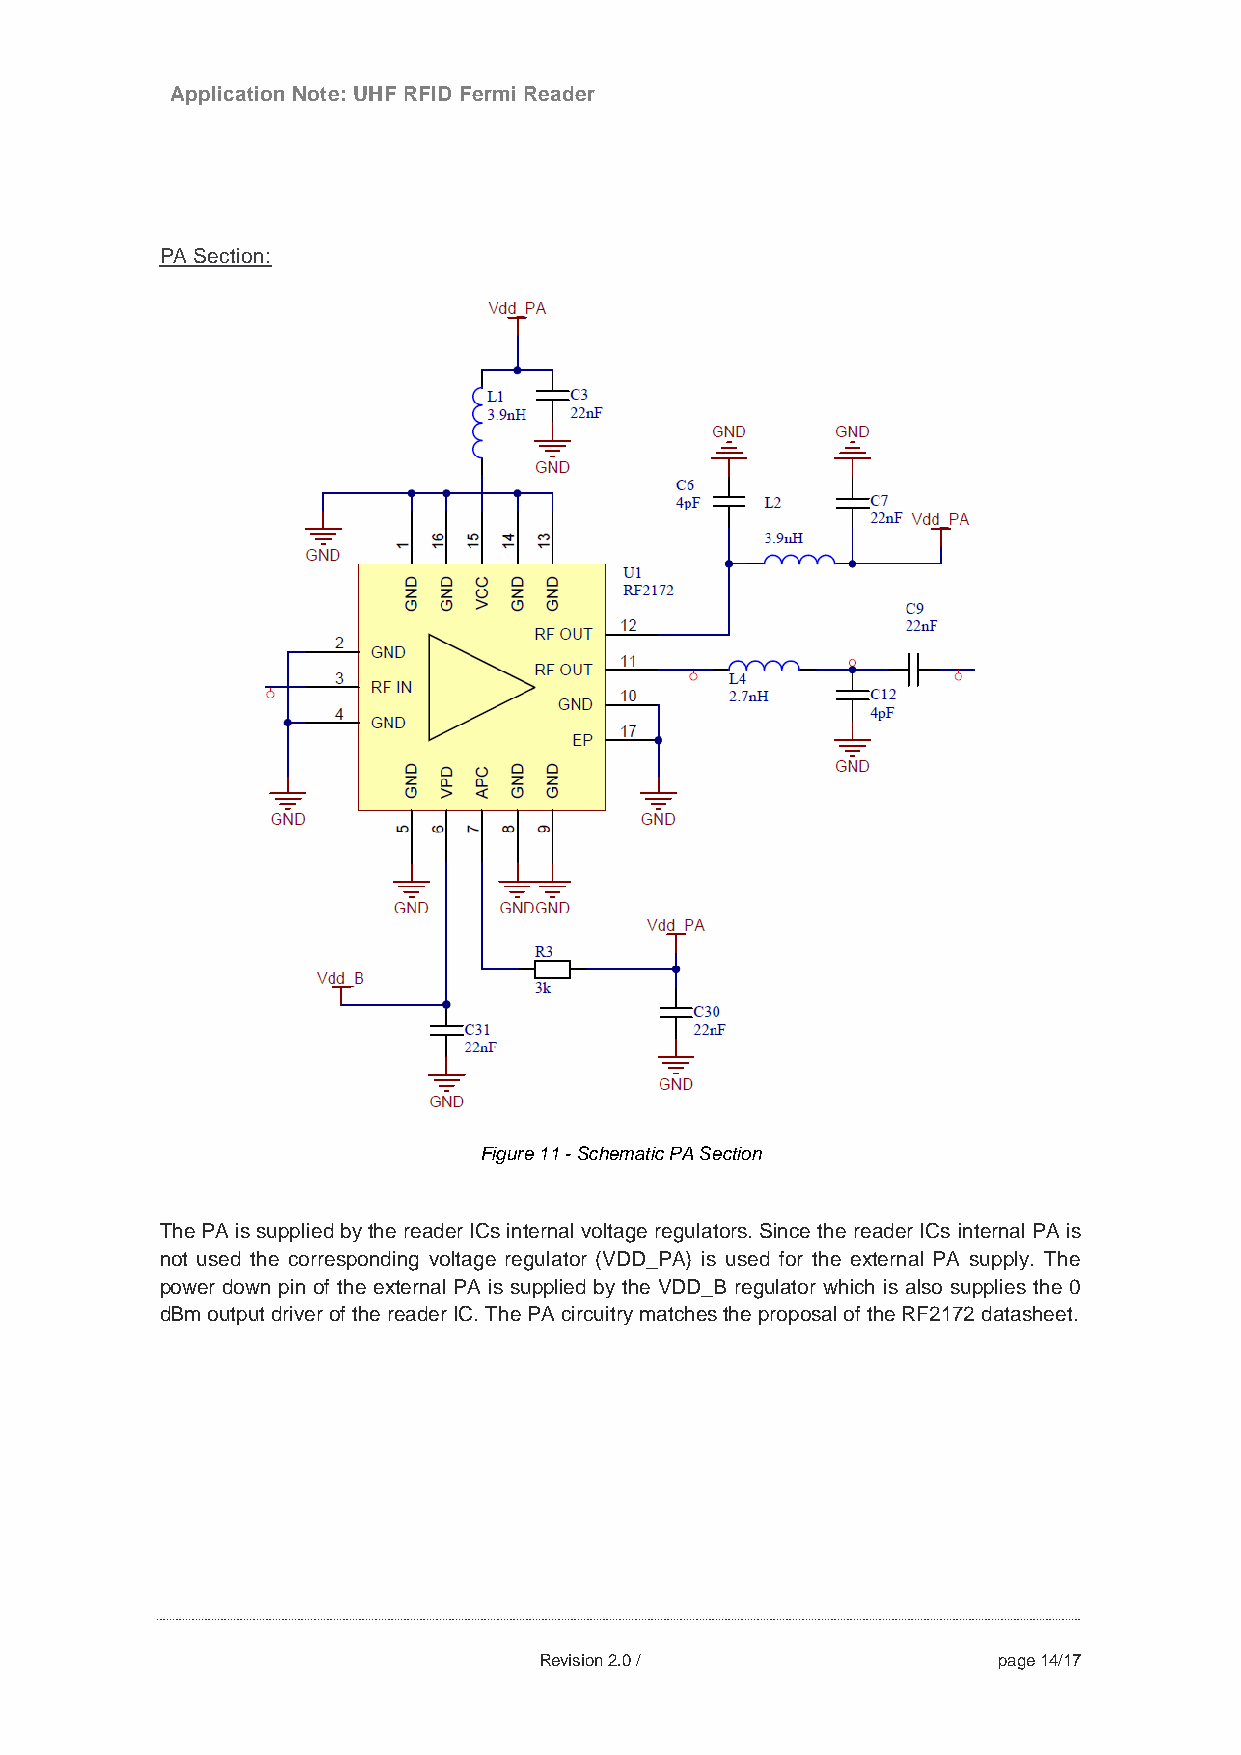
Application Note: UHF RFID Fermi Reader
 PA Section:
 Figure 11 - Schematic PA Section
 The PA is supplied by the reader ICs internal voltage regulators. Since the reader ICs internal PA is
 not used the corresponding voltage regulator (VDD_PA) is used for the external PA supply. The
 power down pin of the external PA is supplied by the VDD_B regulator which is also supplies the 0
 dBm output driver of the reader IC. The PA circuitry matches the proposal of the RF2172 datasheet.
 Revision 2.0 /                page 14/17